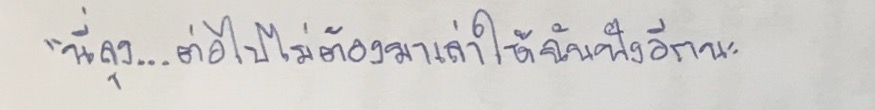
"นี่ลุง...ต่อไปไม่ต้องมาเล่าให้ฉันฟังอีกนะ